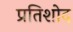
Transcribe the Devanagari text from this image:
प्रतिशोद